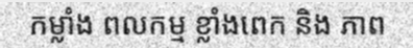
កម្លាំង ពលកម្ម ខ្លាំងពេក និង ភាព